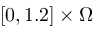
[ 0 , 1 . 2 ] \times \Omega